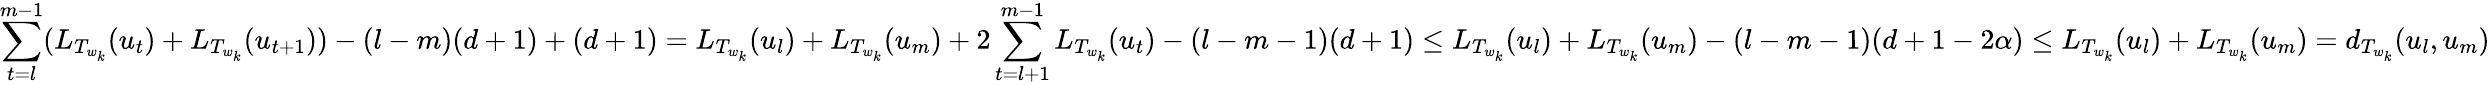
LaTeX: \sum_{t=l}^{m-1}(L_{T_{w_{k}}}(u_{t})+L_{T_{w_{k}}}(u_{t+1}))-(l-m)(d+1)+(d+1)=L_{T_{w_{k}}}(u_{l})+L_{T_{w_{k}}}(u_{m})+2\sum_{t=l+1}^{m-1}L_{T_{w_{k}}}(u_{t})-(l-m-1)(d+1)\leq L_{T_{w_{k}}}(u_{l})+L_{T_{w_{k}}}(u_{m})-(l-m-1)(d+1-2\alpha)\leq L_{T_{w_{k}}}(u_{l})+L_{T_{w_{k}}}(u_{m})=d_{T_{w_{k}}}(u_{l},u_{m})